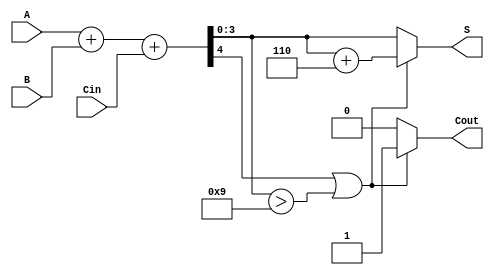
module BCD_Conditional_Adder (
    input [3:0] A,      // BCD input A
    input [3:0] B,      // BCD input B
    input Cin,          // Carry input
    output reg [3:0] S, // BCD sum output
    output reg Cout     // Carry output
);

    wire [4:0] Sum;     // Intermediate 5-bit sum
    wire Adj;           // Adjustment signal

    // Calculate the intermediate sum
    assign Sum = A + B + Cin;

    // Determine if adjustment is needed
    assign Adj = (Sum[4] || (Sum[3:0] > 4'b1001));

    // Calculate the output and carry-out
    always @(*) begin
        if (Adj) begin
            S = Sum[3:0] + 4'b0110; // Add 6 for adjustment
            Cout = 1;               // Set carry-out
        end else begin
            S = Sum[3:0];           // No adjustment needed
            Cout = 0;               // No carry-out
        end
    end

endmodule